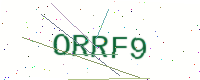
Text: ORRF9